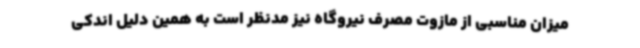
میزان مناسبی از مازوت مصرف نیروگاه نیز مدنظر است به همین دلیل اندکی